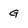
Character: G